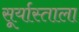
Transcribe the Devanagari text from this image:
सूर्यास्ताला